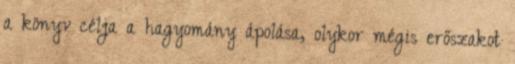
a könyv célja a hagyomány ápolása, olykor mégis erőszakot